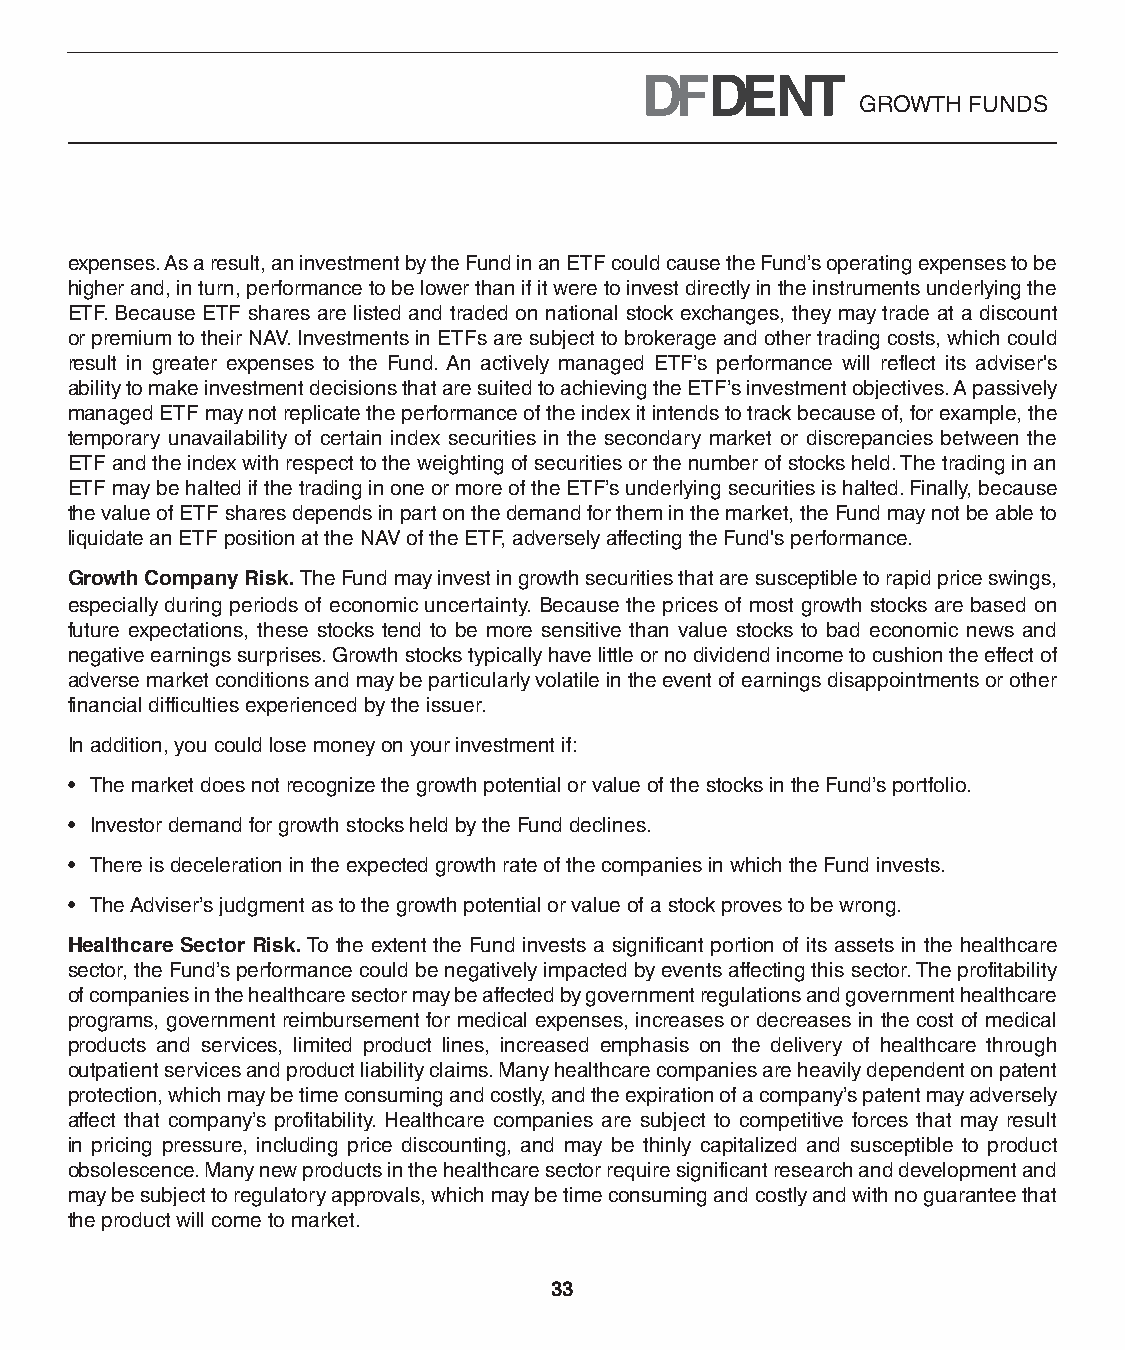
GROWTH FUNDS
 expenses. As a result, an investment by the Fund in an ETF could cause the Fund’s operating expenses to be
 higher and, in turn, performance to be lower than if it were to invest directly in the instruments underlying the
 ETF. Because ETF shares are listed and traded on national stock exchanges, they may trade at a discount
 or premium to their NAV. Investments in ETFs are subject to brokerage and other trading costs, which could
 result in greater expenses to the Fund. An actively managed ETF’s performance will reflect its adviser's
 ability to make investment decisions that are suited to achieving the ETF’s investment objectives. A passively
 managed ETF may not replicate the performance of the index it intends to track because of, for example, the
 temporary unavailability of certain index securities in the secondary market or discrepancies between the
 ETF and the index with respect to the weighting of securities or the number of stocks held. The trading in an
 ETF may be halted if the trading in one or more of the ETF’s underlying securities is halted. Finally, because
 the value of ETF shares depends in part on the demand for them in the market, the Fund may not be able to
 liquidate an ETF position at the NAV of the ETF, adversely affecting the Fund's performance.
 Growth Company Risk. The Fund may invest in growth securities that are susceptible to rapid price swings,
 especially during periods of economic uncertainty. Because the prices of most growth stocks are based on
 future expectations, these stocks tend to be more sensitive than value stocks to bad economic news and
 negative earnings surprises. Growth stocks typically have little or no dividend income to cushion the effect of
 adverse market conditions and may be particularly volatile in the event of earnings disappointments or other
 financial difficulties experienced by the issuer.
 In addition, you could lose money on your investment if:
 • The market does not recognize the growth potential or value of the stocks in the Fund’s portfolio.
 • Investor demand for growth stocks held by the Fund declines.
 • There is deceleration in the expected growth rate of the companies in which the Fund invests.
 • The Adviser’s judgment as to the growth potential or value of a stock proves to be wrong.
 Healthcare Sector Risk. To the extent the Fund invests a significant portion of its assets in the healthcare
 sector, the Fund’s performance could be negatively impacted by events affecting this sector. The profitability
 of companies in the healthcare sector may be affected by government regulations and government healthcare
 programs, government reimbursement for medical expenses, increases or decreases in the cost of medical
 products and services, limited product lines, increased emphasis on the delivery of healthcare through
 outpatient services and product liability claims. Many healthcare companies are heavily dependent on patent
 protection, which may be time consuming and costly, and the expiration of a company’s patent may adversely
 affect that company’s profitability. Healthcare companies are subject to competitive forces that may result
 in pricing pressure, including price discounting, and may be thinly capitalized and susceptible to product
 obsolescence. Many new products in the healthcare sector require significant research and development and
 may be subject to regulatory approvals, which may be time consuming and costly and with no guarantee that
 the product will come to market.
 33